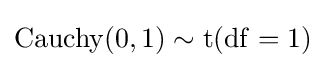
\operatorname {Cauchy} (0,1)\sim {\textrm {t}}(\mathrm {df} =1)